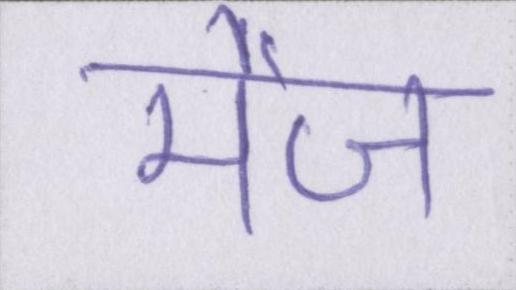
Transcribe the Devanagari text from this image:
मेज